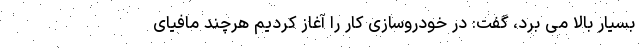
بسیار بالا می برد، گفت: در خودروسازی کار را آغاز کردیم هرچند مافیای